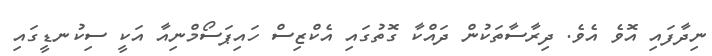
ނިދާފައި އޮވެ އެވެ. ދިރާސާތަކުން ދައްކާ ގޮތުގައި އެކްޒިސް ހައިޕަސޯމްނިއާ އަކީ ސިކުނޑީގައި